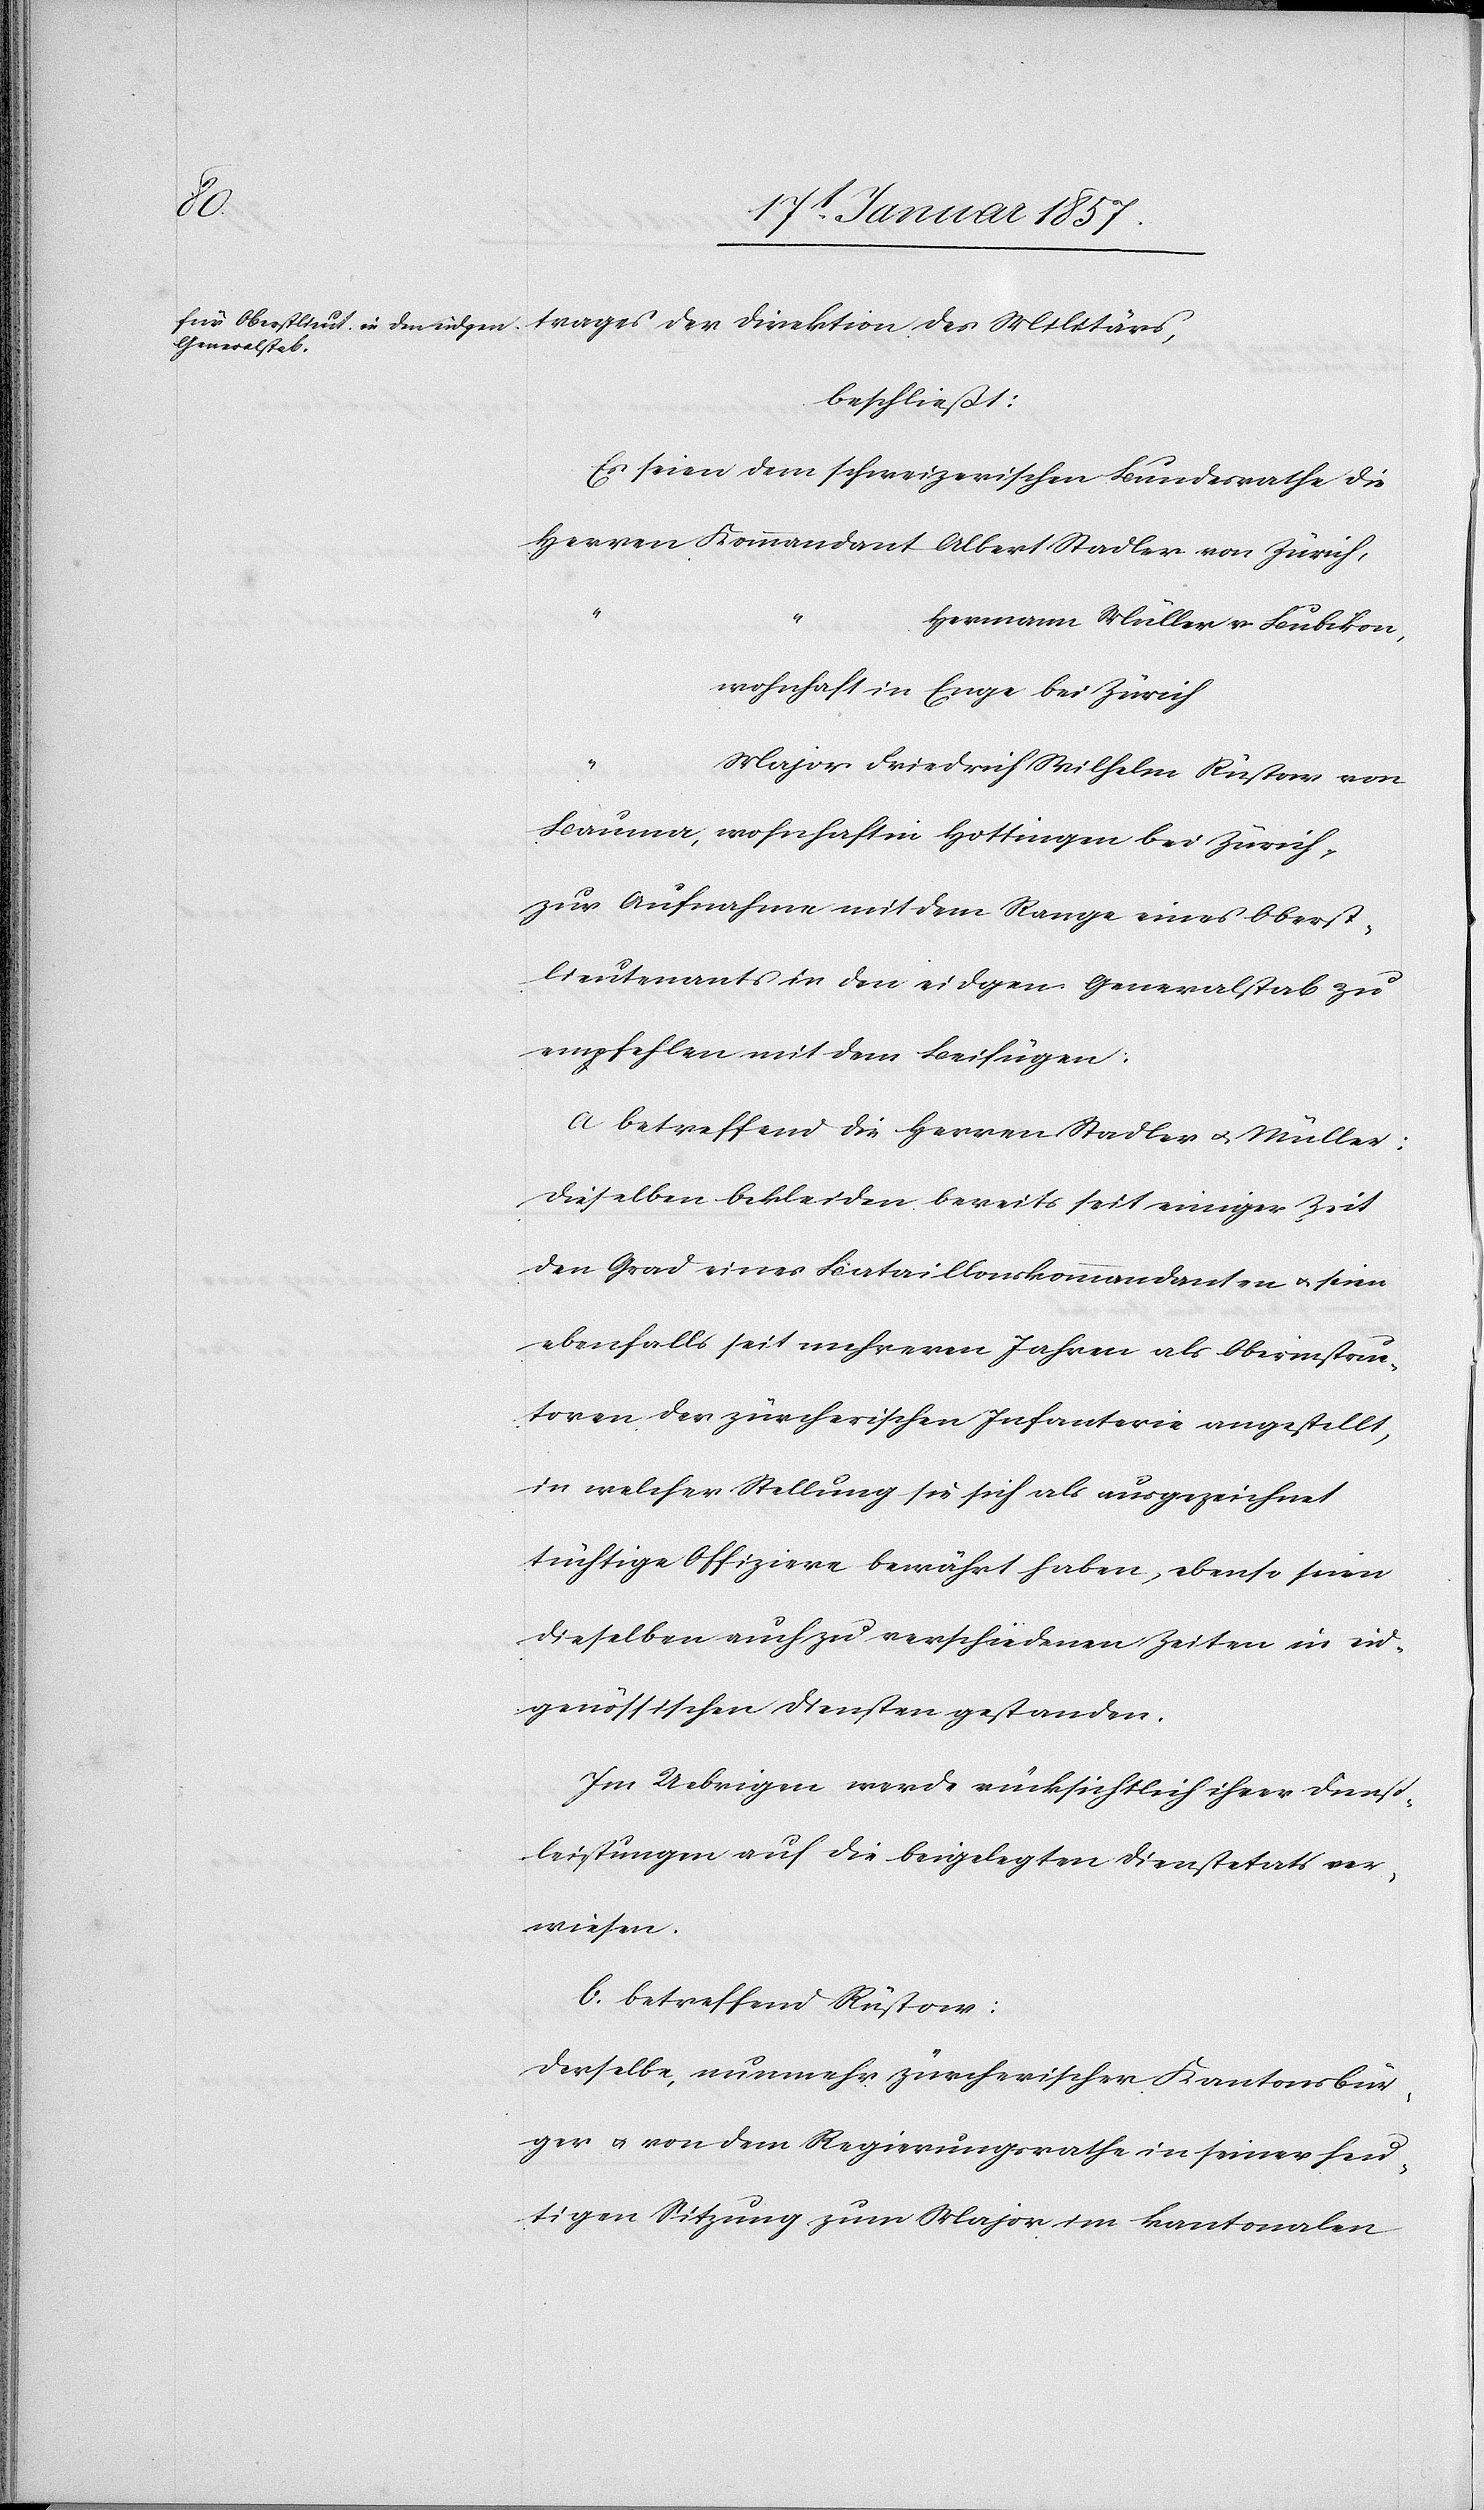
trages der Direktion des Militärs,
beschließt:
Es seien dem schweizerischen Bundesrathe die
Herren Kommandant	Albert Stadler von Zürich,
“		Hermann Müller v. Bubikon,
wohnhaft in Enge bei Zürich
“		Major Friedrich Wilherm Rüstow von
Bauma, wohnhaft in Hottingen bei Zürich,
zur Aufnahme mit dem Range eines Oberst¬
lieutenants in den eidgen. Generalstab zu
empfehlen mit dem Beifügen:
A. Betreffend die Herren Stadler u. Müller:
dieselben bekleiden bereits seit einiger Zeit
den Grad eines Bataillonskommandanten u. seien
ebenfalls seit mehreren Jahren als Oberinstruc¬
toren der zürcherischen Infanterie angestellt,
in welcher Stellung sie sich als ausgezeichnet
tüchtige Offiziere bewährt haben, ebenso seien
dieselben auch zu verschiedenen Zeiten in eid¬
genössischen Diensten gestanden.
Im Uebrigen werde rücksichtlich ihrer Dienst¬
leistungen auf die beigelegten Dienstetats ver¬
wiesen.
B. Betreffend Rüstow:
Derselbe nunmehr zürcherischer Kantonsbür¬
ger u. von dem Regierungsrathe in seiner heu¬
tigen Sitzung zum Major im kantonalen